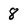
Character: 8